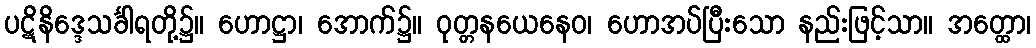
ပဋိနိဒ္ဒေသင်္ခါရတို့၌။ ဟောဋ္ဌာ၊ အောက်၌။ ဝုတ္တနယေနေဝ၊ ဟောအပ်ပြီးသော နည်းဖြင့်သာ။ အတ္ထော၊